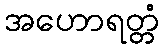
အဟောရတ္တံ